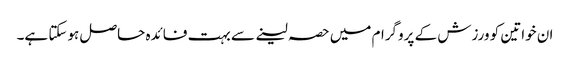
ان خواتین کو ورزش کے پروگرام میں حصہ لینے سے بہت فائدہ حاصل ہوسکتا ہے۔